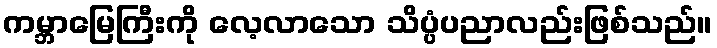
ကမ္ဘာမြေကြီးကို လေ့လာသော သိပ္ပံပညာလည်းဖြစ်သည်။